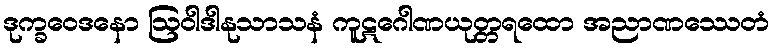
ဒုက္ခဝေဒနော ဩဝါဒါနုသာသနံ ကူဋဂေါဏယုတ္တရထော အညာဏဿေတံ